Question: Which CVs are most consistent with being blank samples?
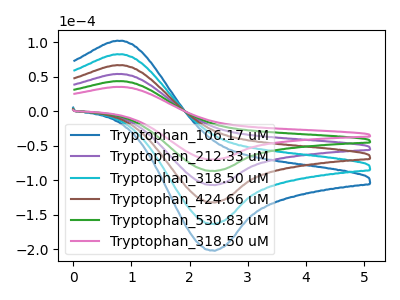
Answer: <think>The blue curve "Tryptophan_106.17 uM" has an anodic peak at (0.80V, 219.55uA) and a cathodic peak at (2.40V, -432.40uA). The purple curve "Tryptophan_212.33 uM" has an anodic peak at (0.80V, 87.80uA) and a cathodic peak at (2.40V, -172.95uA). The cyan curve "Tryptophan_318.50 uM" has an anodic peak at (0.80V, 175.65uA) and a cathodic peak at (2.40V, -345.90uA). The brown curve "Tryptophan_424.66 uM" has an anodic peak at (0.80V, 131.70uA) and a cathodic peak at (2.40V, -259.45uA). The green curve "Tryptophan_530.83 uM" has an anodic peak at (0.80V, 43.90uA) and a cathodic peak at (2.40V, -86.50uA). The pink curve "Tryptophan_318.50 uM" has an anodic peak at (0.80V, 35.50uA) and a cathodic peak at (2.40V, -69.95uA).</think>
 <answer>There are not any CV's on this graph that are likely to be blanks.</answer>
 <eval>none</eval>